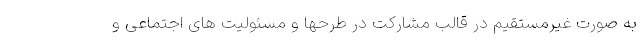
به صورت غیرمستقیم در قالب مشارکت در طرحها و مسئولیت های اجتماعی و